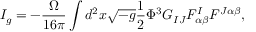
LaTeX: I _ { g } = - \frac { \Omega } { 1 6 \pi } \int d ^ { 2 } x \sqrt { - g } \frac { 1 } { 2 } \Phi ^ { 3 } G _ { I J } F _ { \alpha \beta } ^ { I } F ^ { J \alpha \beta } ,